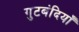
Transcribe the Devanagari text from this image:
गुटबंदियाँ